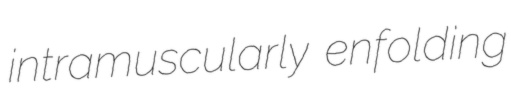
intramuscularly enfolding